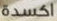
اكسدة